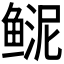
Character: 𩾆